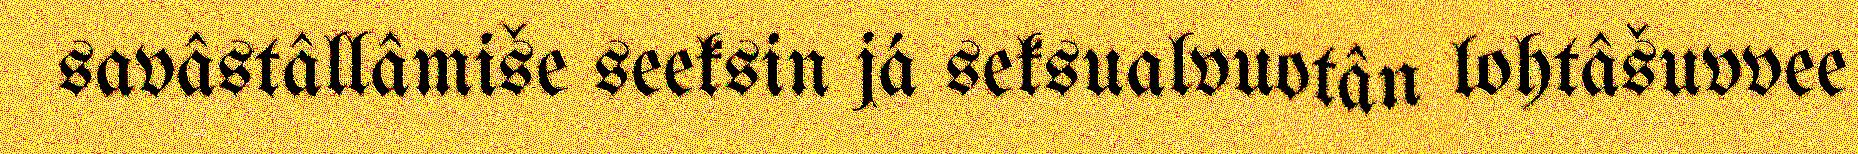
savâstâllâmiše seeksin já seksualvuotân lohtâšuvvee